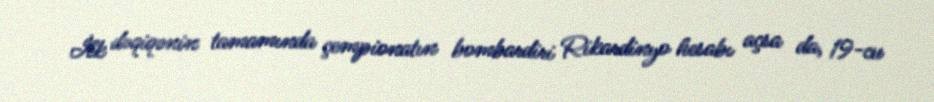
İlk dəqiqənin tamamında çempionatın bombardiri Rikardinyo hesabı açsa da, 19-cu